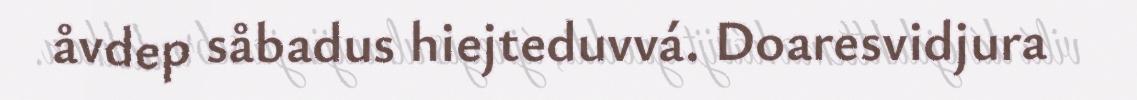
åvdep såbadus hiejteduvvá. Doaresvidjura